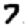
Digit: 7